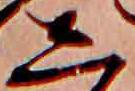
し